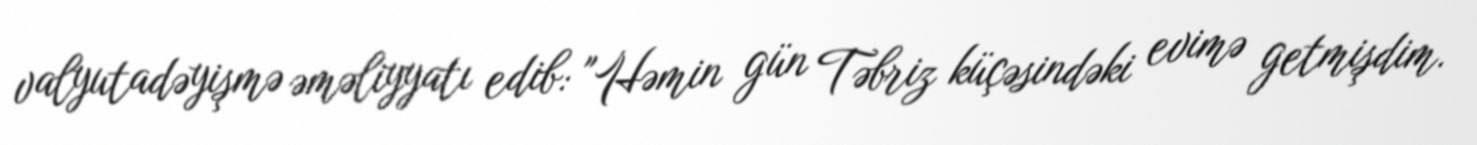
valyutadəyişmə əməliyyatı edib: "Həmin gün Təbriz küçəsindəki evimə getmişdim.